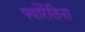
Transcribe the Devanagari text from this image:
फ्योरेंतिना